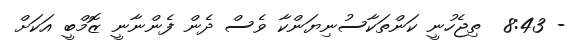
- 8:43  ތިޖެހުނީ ކަންތަކާސުނިޔަންކާ ވެސް ދެން ފެންނާނީ ޒޮމްބީ އަކަށް